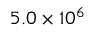
5 . 0 \times 1 0 ^ { 6 }